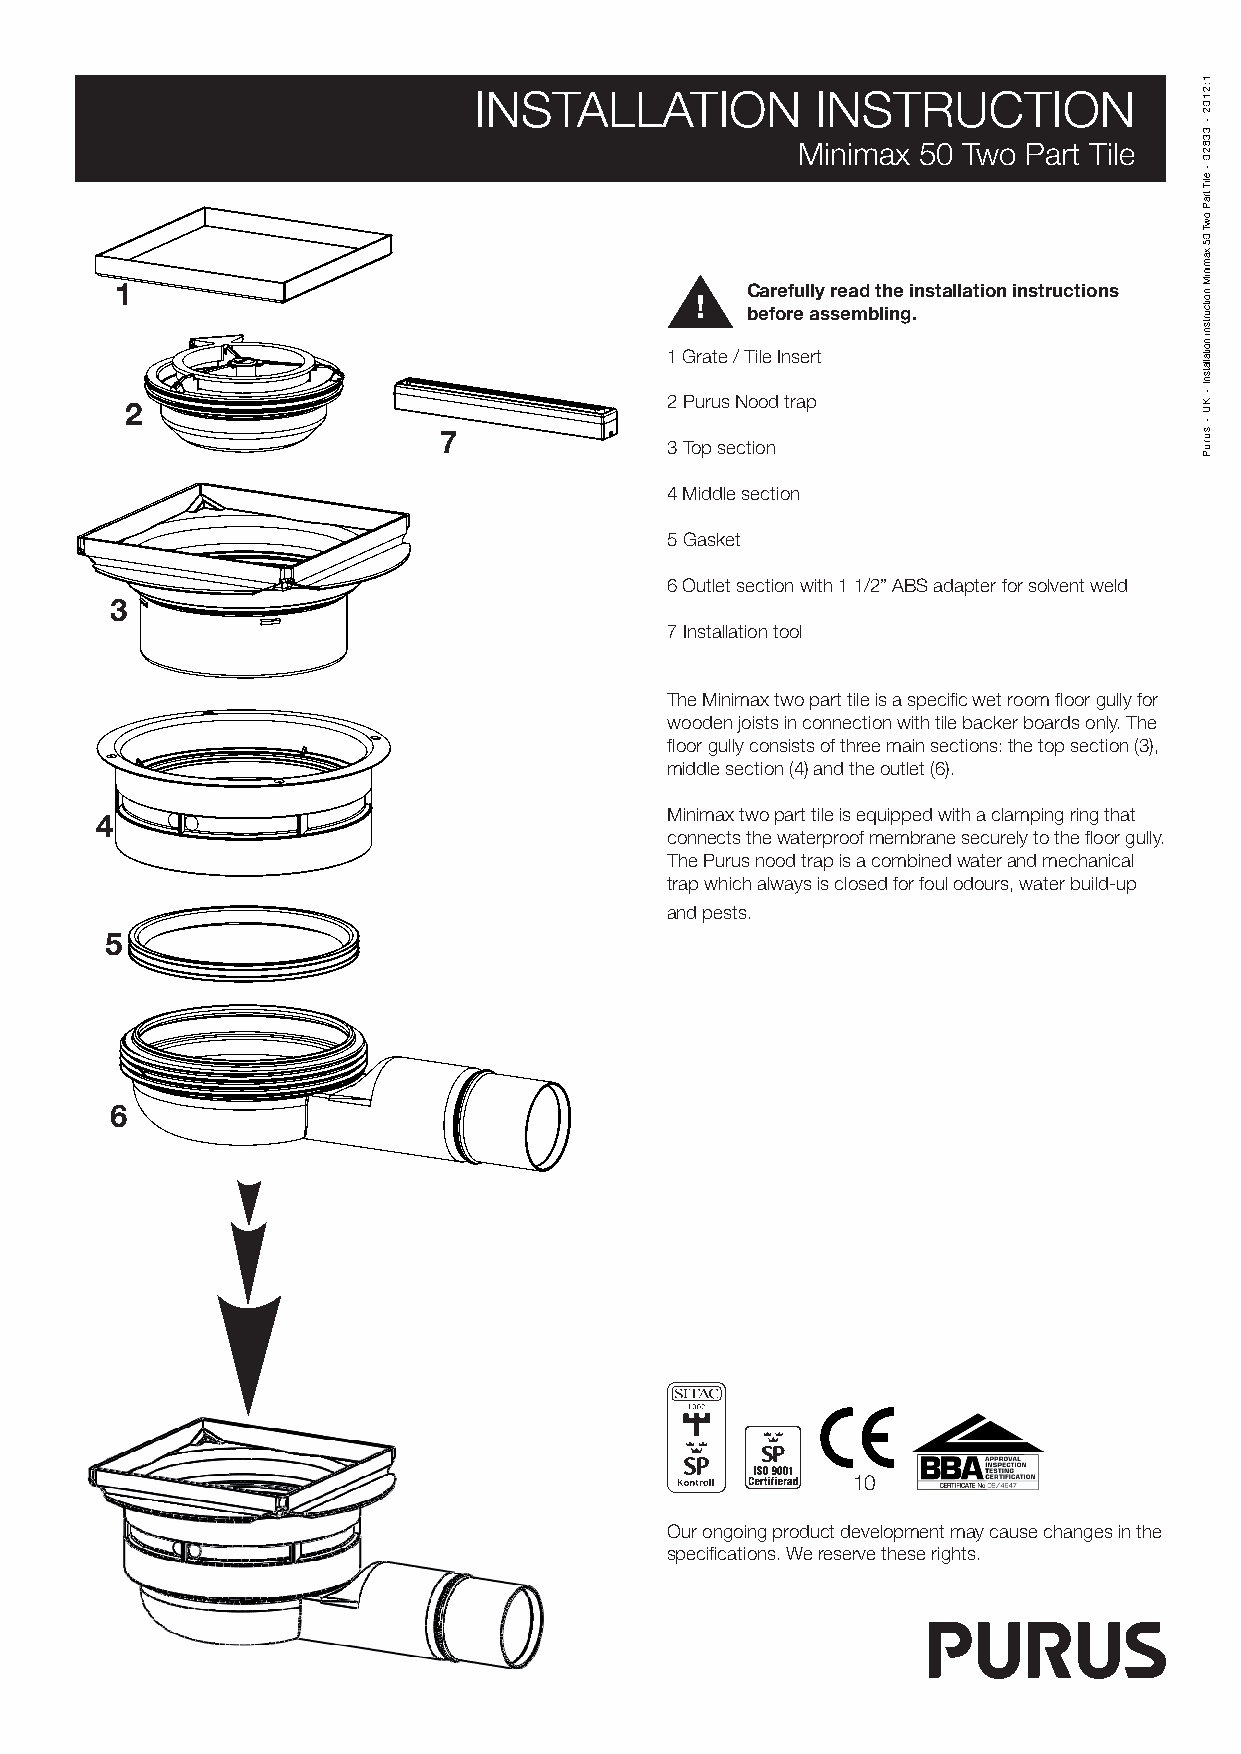
INSTALLATION           INSTRUCTION
 Minimax 50 Two Part Tile
 1                                        Carefully read the installation instructions !
 before assembling.
 1 Grate / Tile Insert
 2 Purus Nood trap 2
 7
 3 Top section
 4 Middle section
 5 Gasket
 6 Outlet section with 1 1/2” ABS adapter for solvent weld
 3
 7 Installation tool
 The Minimax two part tile is a specific wet room floor gully for
 wooden joists in connection with tile backer boards only. The
 floor gully consists of three main sections: the top section (3),
 middle section (4) and the outlet (6).
 Minimax two part tile is equipped with a clamping ring that
 4
 connects the waterproof membrane securely to the floor gully.
 The Purus nood trap is a combined water and mechanical
 trap which always is closed for foul odours, water build-up
 and pests.
 5
 6
 10
 Our ongoing product development may cause changes in the
 specifications. We reserve these rights.
 1
 1:2102
 -
 33820
 -
 eliT
 traP
 owT
 05
 xaminiM
 noitcurtsni
 noitallatsnI
 - KU
 -
 suruP
 1:2102
 -
 33820
 -
 eliT
 traP
 owT
 05
 xaminiM
 noitcurtsni
 noitallatsnI
 - KU
 -
 suruP